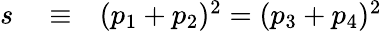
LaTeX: \begin{array}{rlr}{s}&{{}\equiv}&{(p_{1}+p_{2})^{2}=(p_{3}+p_{4})^{2}}\end{array}